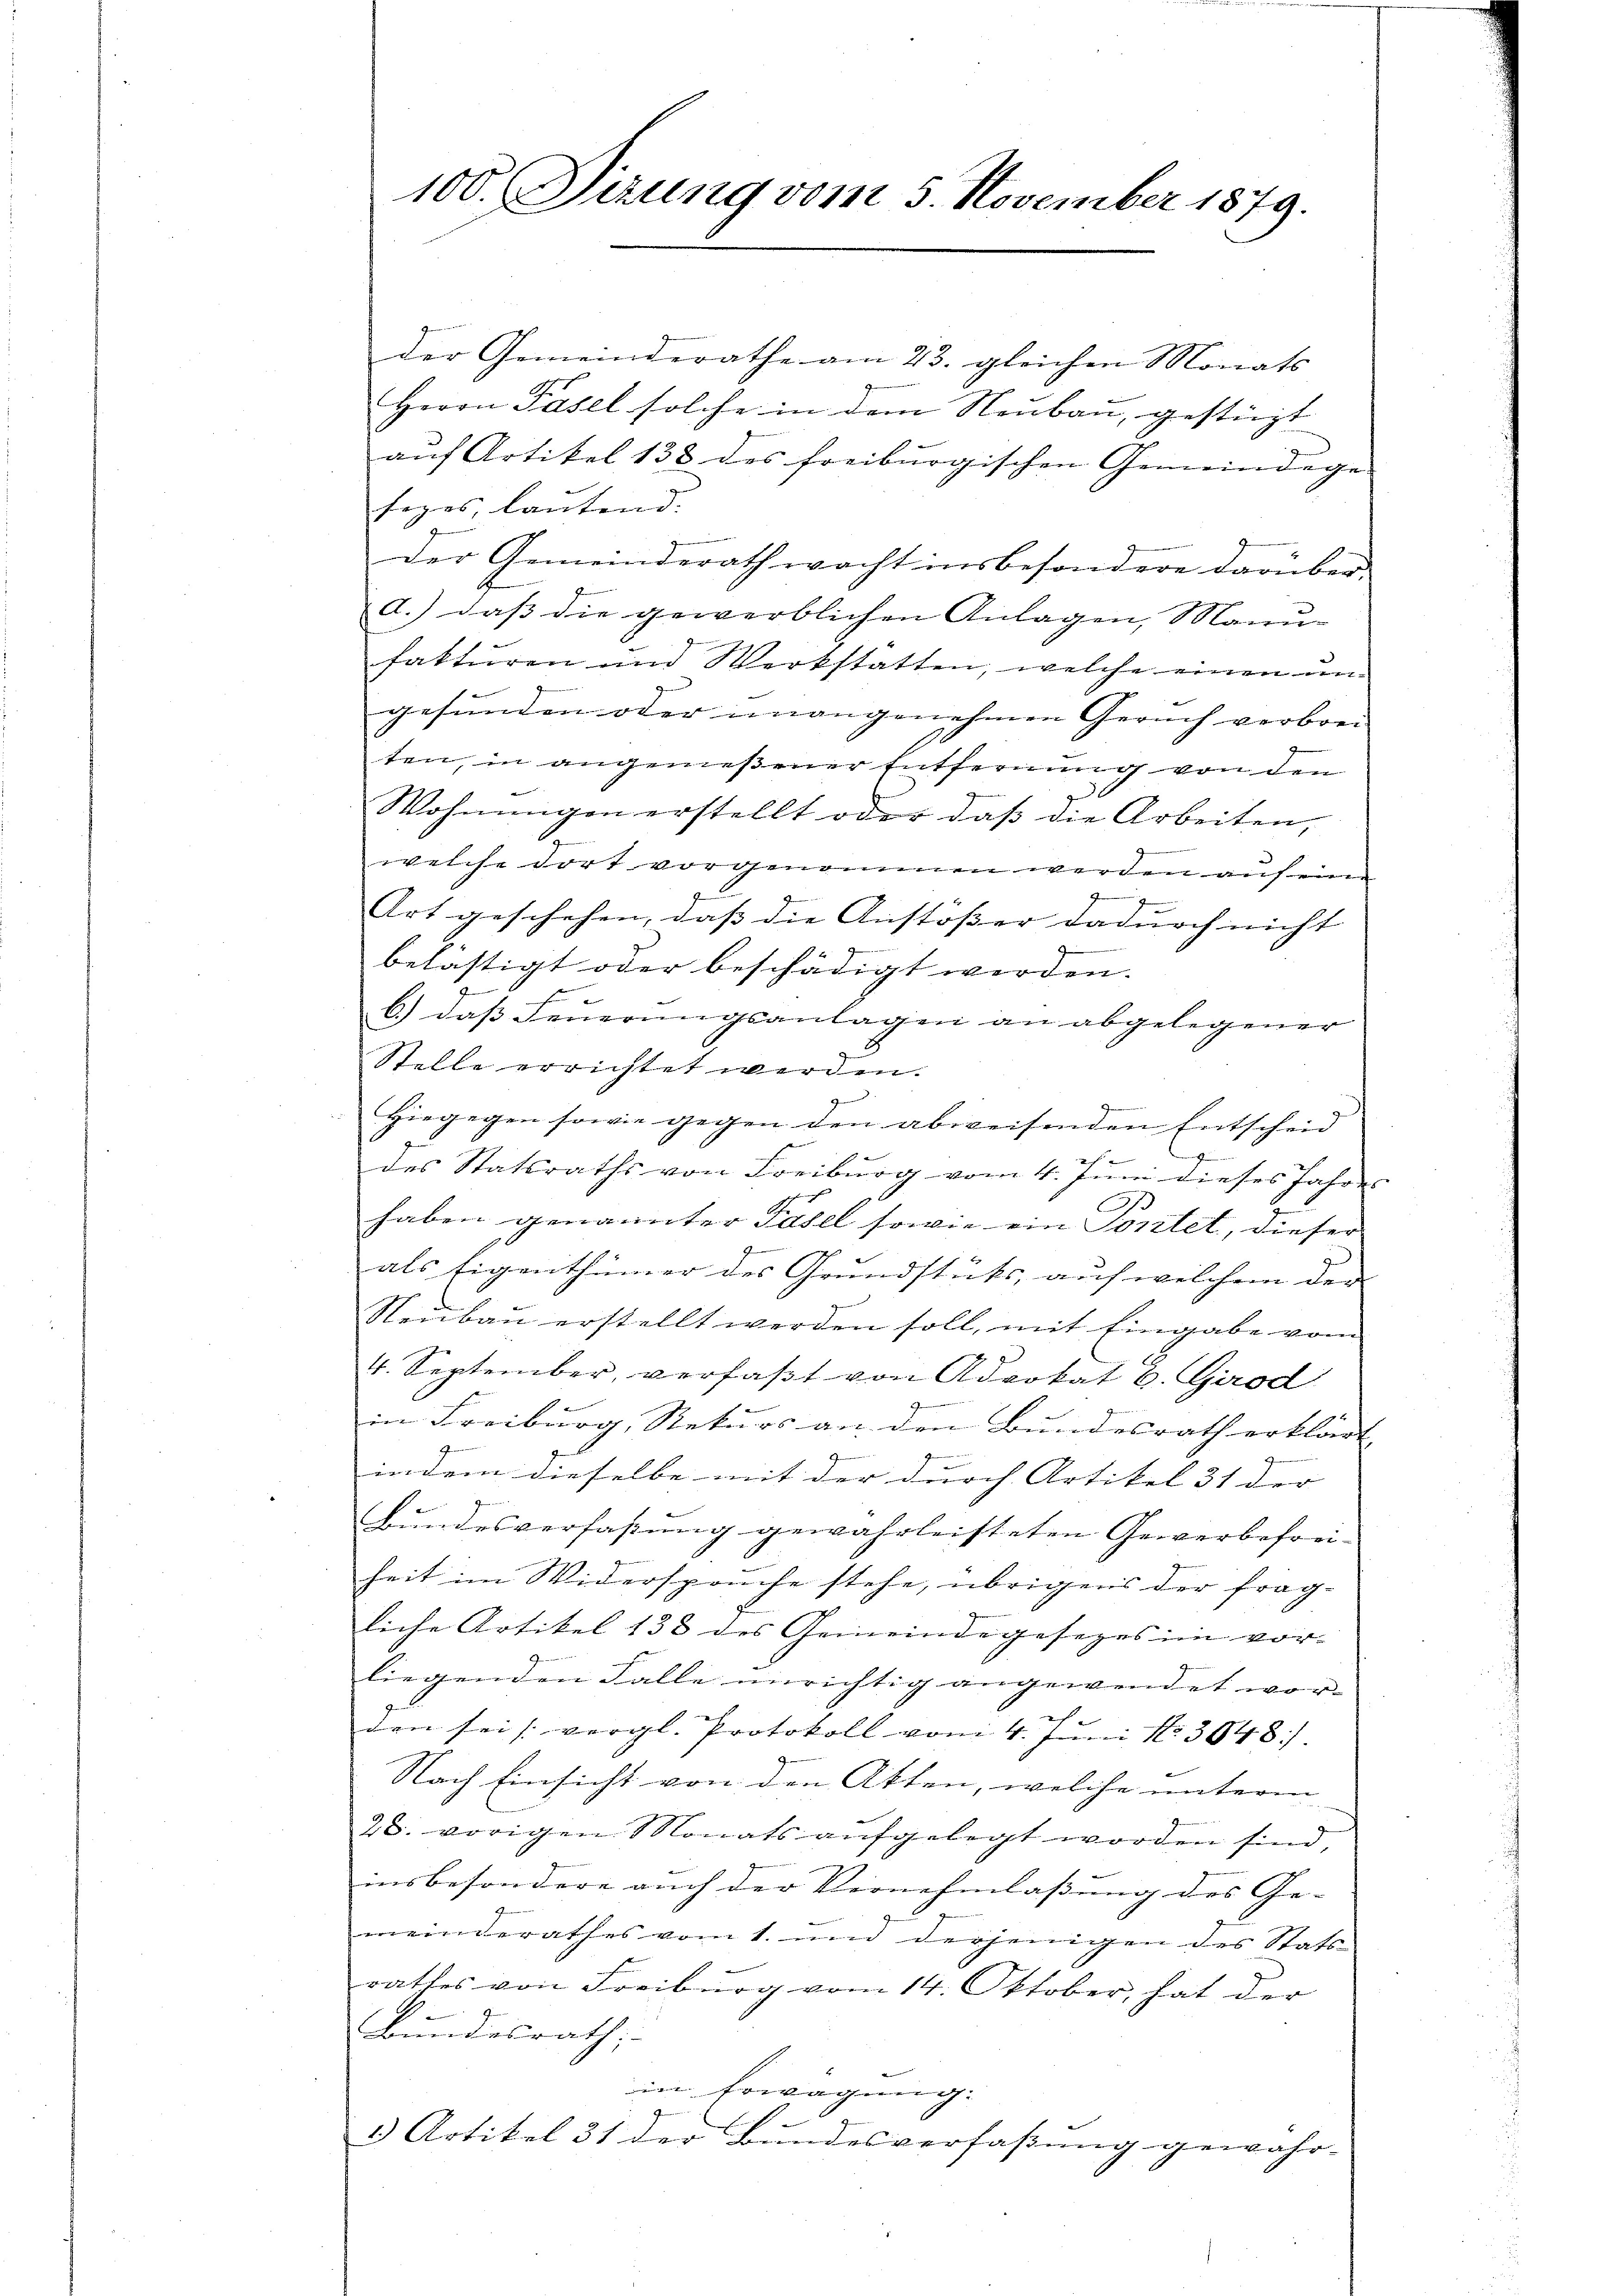
100. Sizung vom 5. November 1879.

der Gemeinderathe am 23. gleichen Monats
Herrn Pasel solche in dem Neubau, gestürzt
auf Artikel 138 des freiburgischen Gemeindege
seges, lautend.

der Gemeinderath wacht insbesondere darüberd.) dass die gewerblichen Anlagen, Manufakturen und Werkstatten, welche einen ungesunden oder unangenehmen Geruch verbrei
ten, in angemeßener Entfernung von den
x
Wohnŭngen erstellt oder daβ die Arbeiten,
g
welche dort vorgenommen werden anseinen
J
Art geschehen, dass die Anstösser dannoch nicht |
belästigt oder beschädigt werden.
e
b.) das Feŭerŭngsanlagen an abgelegener
Stelle errichtet werden.
Hiegegen sowie gegen den abweisenden Entscheid
g

des Statsraths von Freiburg vom 4. Juni dieses Jahres
haben genannter Fasel sowie ein Portet, dieser
f
als Eigenthümer des Grundstücks, auf welchem der
Neŭbaŭ erstellt werden soll, mit Eingabe vom
4. September, verfaßt von Advokat 6. Girod
in Freiburg, Rekurs an den Bundesrath erklärt,
g
g
indem dieselbe mit der durch Artikel 31 der |
Bundesverfaßung gewährleisteten Gewerbefrei-
heit im Widerspruche stehe, übrigens der fragliche Artikel 138 des Gemeindegesezes im vorliegenden Falle unrichtig angewendet worden sei vergl. Protokoll vom 4. Juni 183048).
Nach Einsicht von den Atten, welche unterm
28. vorigen Monats aufgelegt worden sind,
insbesondere auch der Vernehmlaßung des Ge-
meinderathes vom 1. und derjenigen des Stats
rathes von Freiburg vom 14. Oktober, hat der
Bundesrath,
in Erwägung.
3 Artikel 31 der Bundesverfaßung gewahr-